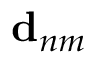
\mathbf { d } _ { n m }